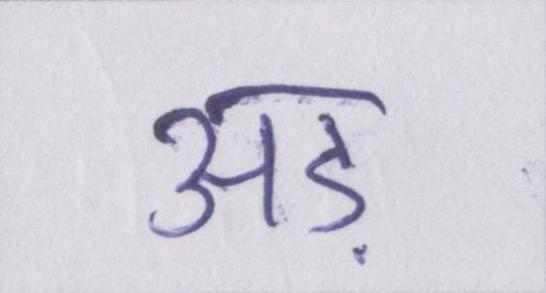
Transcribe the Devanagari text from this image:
अड़